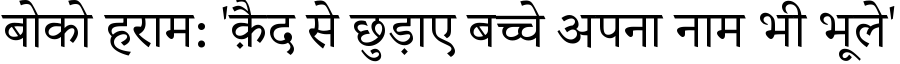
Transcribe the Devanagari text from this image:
बोको हराम: 'क़ैद से छुड़ाए बच्चे अपना नाम भी भूले'